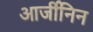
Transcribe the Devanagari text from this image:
आर्जीनिन